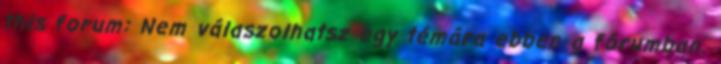
this forum: Nem válaszolhatsz egy témára ebben a fórumban.